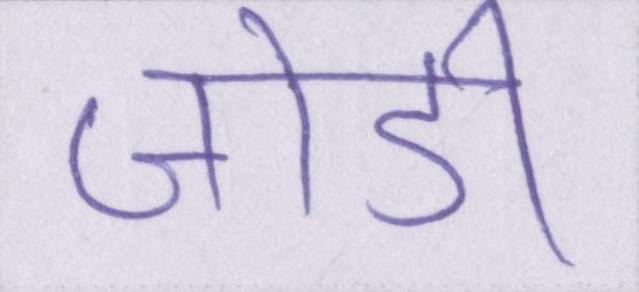
जोडी